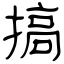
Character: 搞